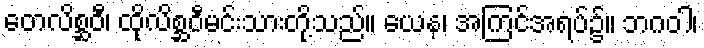
တေလိစ္ဆဝီ၊ ထိုလိစ္ဆဝီမင်းသားတို့သည်။ ယေန၊ အကြင်အရပ်၌။ ဘဂဝါ၊